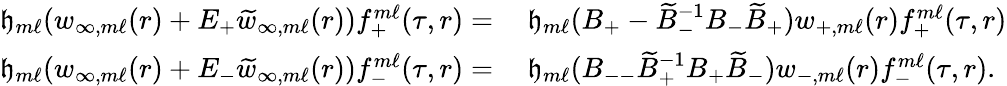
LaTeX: \begin{array}{rl}{{\mathfrak{h}}_{m\ell}(w_{\infty,m\ell}(r)+E_{+}\widetilde{w}_{\infty,m\ell}(r))f_{+}^{m\ell}(\tau,r)=}&{\: {\mathfrak{h}}_{m\ell}(B_{+}-\widetilde{B}_{-}^{-1}B_{-}\widetilde{B}_{+})w_{+,m\ell}(r)f_{+}^{m\ell}(\tau,r)}\\ {{\mathfrak{h}}_{m\ell}(w_{\infty,m\ell}(r)+E_{-}\widetilde{w}_{\infty,m\ell}(r))f_{-}^{m\ell}(\tau,r)=}&{\: {\mathfrak{h}}_{m\ell}(B_{--}\widetilde{B}_{+}^{-1}B_{+}\widetilde{B}_{-})w_{-,m\ell}(r)f_{-}^{m\ell}(\tau,r).}\end{array}